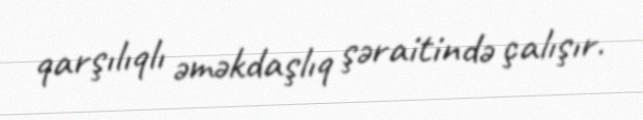
qarşılıqlı əməkdaşlıq şəraitində çalışır.